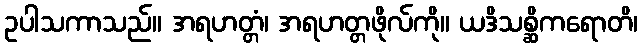
ဥပါသကာသည်။ အရဟတ္တံ၊ အရဟတ္တဖိုလ်ကို။ ယဒိသစ္ဆိကရောတိ၊